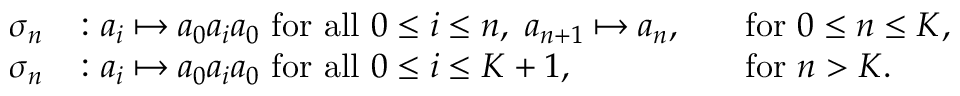
\begin{array} { r l r l } { \sigma _ { n } } & { \colon a _ { i } \mapsto a _ { 0 } a _ { i } a _ { 0 } \mathrm { ~ f o r ~ a l l ~ } 0 \le i \le n , \ a _ { n + 1 } \mapsto a _ { n } , } & & { \mathrm { f o r ~ } 0 \le n \le K , } \\ { \sigma _ { n } } & { \colon a _ { i } \mapsto a _ { 0 } a _ { i } a _ { 0 } \mathrm { ~ f o r ~ a l l ~ } 0 \le i \le K + 1 , } & & { \mathrm { f o r ~ } n > K . } \end{array}